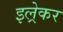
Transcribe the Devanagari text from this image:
इल्रेकर